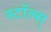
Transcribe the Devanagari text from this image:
स्टॉल्स्